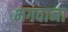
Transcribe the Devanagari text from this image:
भगवाना